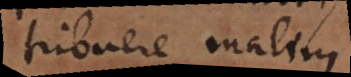
tribuere malim.